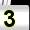
Digit: 3